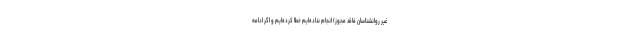
غیر روانشناسان فاقد مجوز) انجام نداده‌ایم خطا کرده‌ایم و اگر ادامه